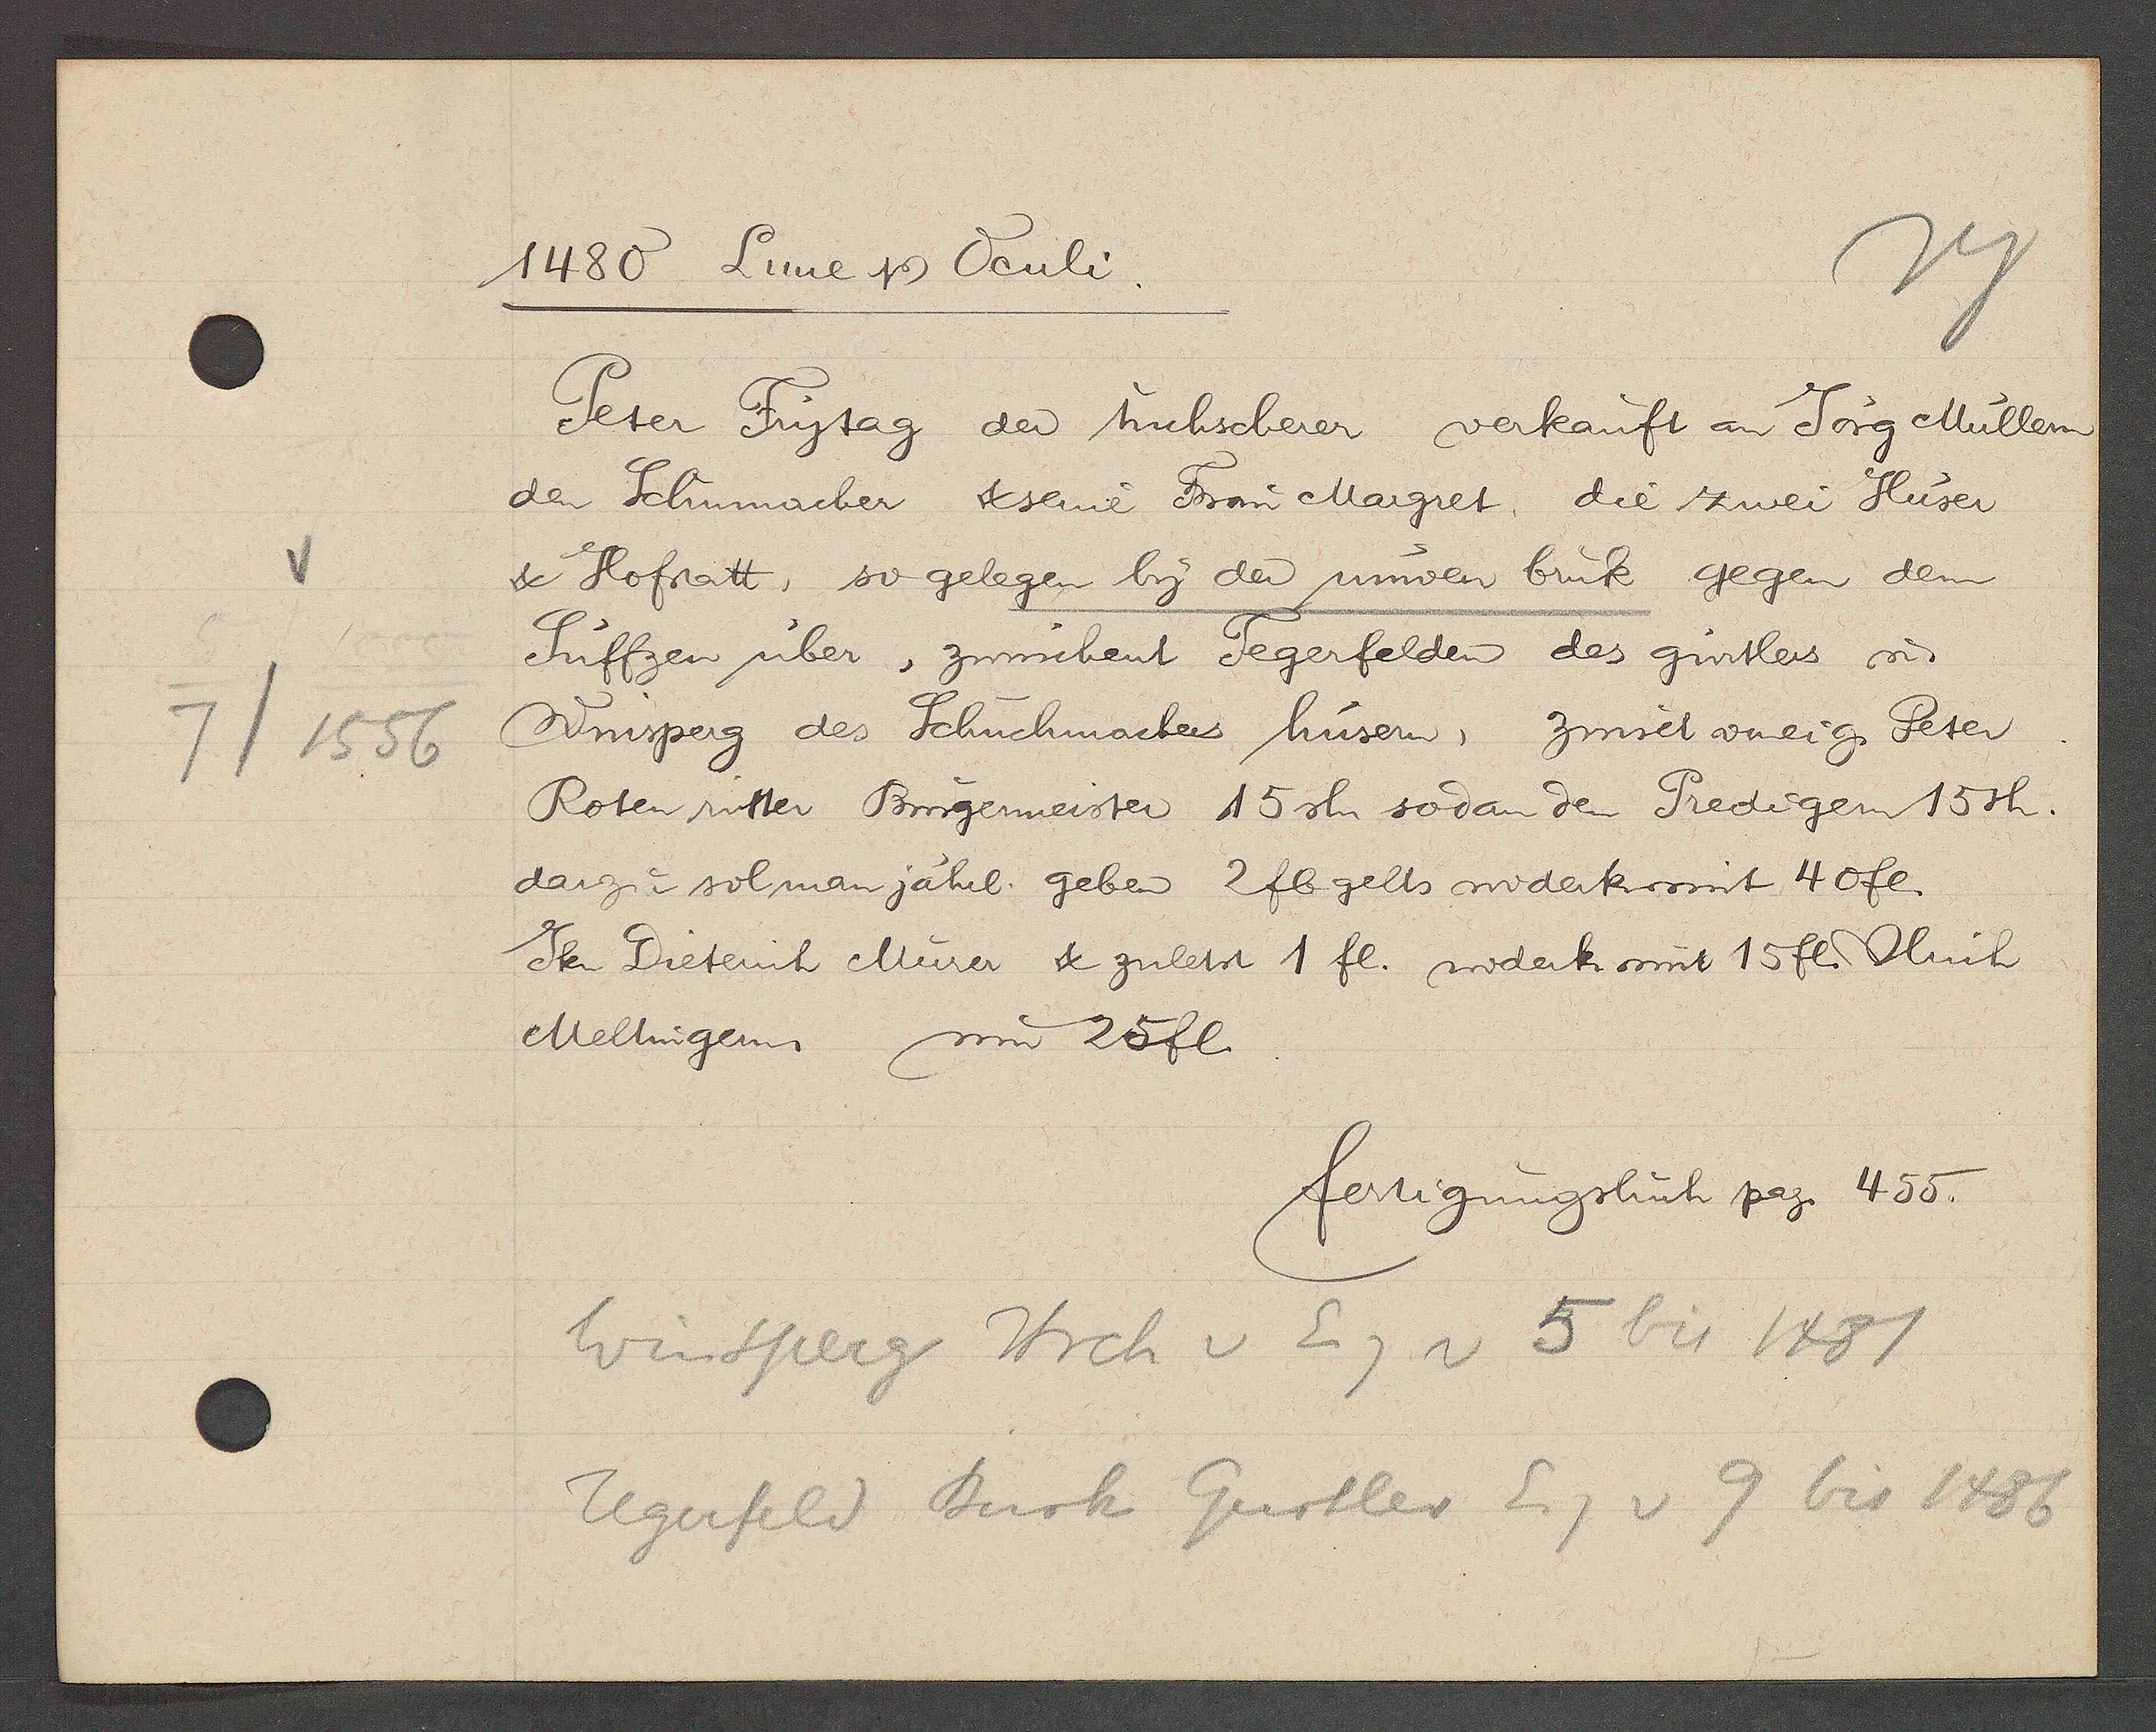
Transcript:
7/1556

1480 Lune Ƿ Pauli.

Peter Frytag der tuchscherer verkauft an Jörg Müllern
den Schumacher & seine Frau Margret, die zwei Hüser
& Hofstatt, so gelegen by der umven bruk gegen dem
Suffzen über, zwuschent Tegerfelden des gürtlers u
Winsperg des Schuchmachers hüsern, zinset voneig. Peter
Roten ritter Burgermeister 15 sh. sodan den Predigen 15sh.
darzu sol man jährl. geben 2fl gelts widerk mit 40 fl.
Jken Dieterich Murer & zuletst 1 fl. widerk mit 15 fl. Ulrich
Meltingern, sum 25fl.

fertigungsbuch pag. 455.

Winsperg Hrch v Eig v 5 bis 1481
Tegerfeld Burk Gurtler Eig v 9 bis 1486